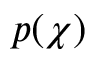
p ( \chi )